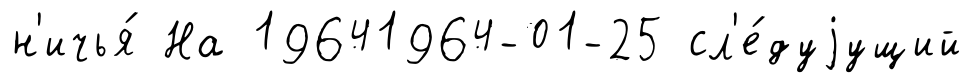
н'ичья́ На 19641964-01-25 сл'е́дуjущий